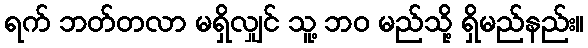
ရက် ဘတ်တလာ မရှိလျှင် သူ့ ဘဝ မည်သို့ ရှိမည်နည်း။